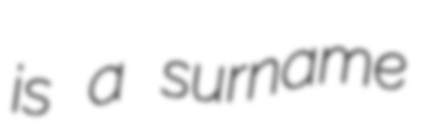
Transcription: is a surname